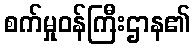
စက်မှုဝန်ကြီးဌာန၏